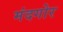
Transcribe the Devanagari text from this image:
मंदगोर